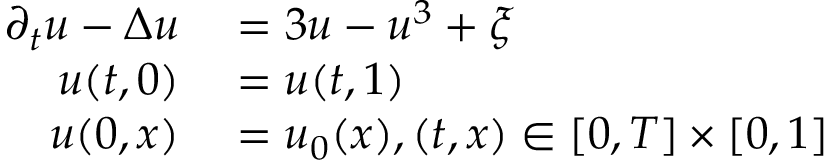
\begin{array} { r l } { \partial _ { t } u - \Delta u } & { { } = 3 u - u ^ { 3 } + \xi } \\ { u ( t , 0 ) } & { { } = u ( t , 1 ) } \\ { u ( 0 , x ) } & { { } = u _ { 0 } ( x ) , ( t , x ) \in [ 0 , T ] \times [ 0 , 1 ] } \end{array}